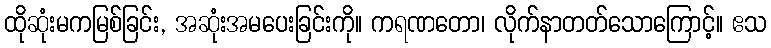
ထိုဆုံးမကမြစ်ခြင်း, အဆုံးအမပေးခြင်းကို။ ကရဏတော၊ လိုက်နာတတ်သောကြောင့်။ ဧသ